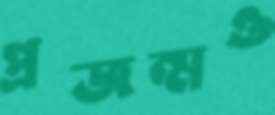
প্রজন্মও